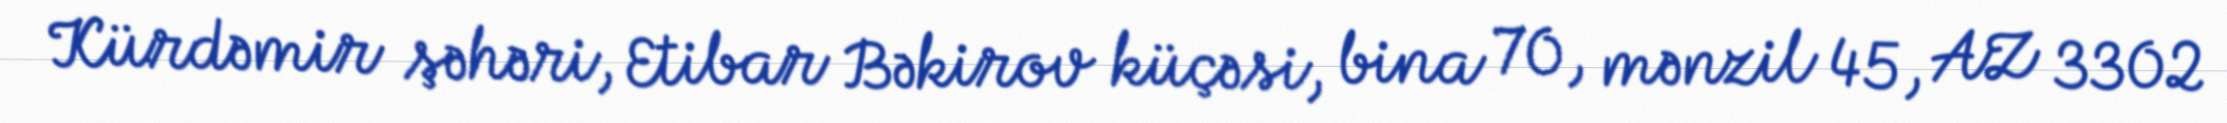
Kürdəmir şəhəri, Etibar Bəkirov küçəsi, bina 70, mənzil 45, AZ 3302